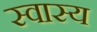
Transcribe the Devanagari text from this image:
स्वास्य